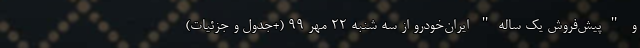
و "پیش‌فروش یک ساله" ایران‌خودرو از سه شنبه 22 مهر 99 (+جدول و جزئیات)